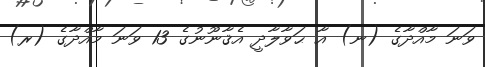
ވަނަ މާއްދާގެ (ނ) އާ ޙަވާލާދީ އެޤާނޫނުގެ 13 ވަނަ މާއްދާގެ (ރ)